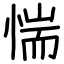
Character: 惴